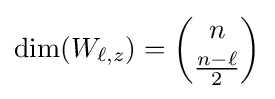
\dim(W_{\ell ,z})={\binom {n}{\frac {n-\ell }{2}}}